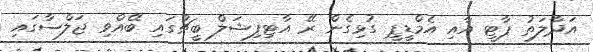
އަދާލަތު ޕާޓީ އާއި އެމްޑީޕީ ގުޅިގެން ރޭ އާޓިފިޝަލް ބީޗުގައި ބޭއްވި ޖަލްސާގައި